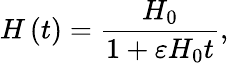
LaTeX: H\left(t\right)=\frac{H_{0}}{1+\varepsilon H_{0}t},